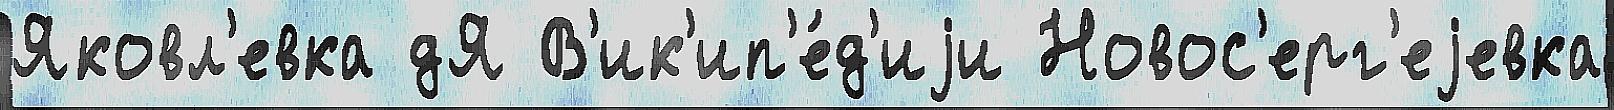
Яковл'евка дЯ В'ик'ип'е́д'иjи Новос'ерг'еjевка